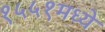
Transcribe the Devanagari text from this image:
१५५१मध्ये